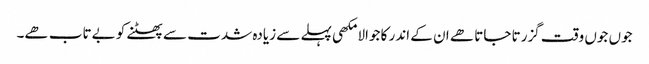
جوں جوں وقت گزرتا جاتا ھے ان کے اندر کا جوالا مکھی پہلے سے زیادہ شدت سے پھٹنے کو بےتاب ھے۔